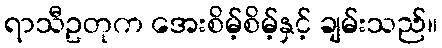
ရာသီဥတုက အေးစိမ့်စိမ့်နှင့် ချမ်းသည်။